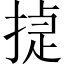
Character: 㨗